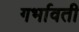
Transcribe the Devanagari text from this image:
गर्भावती